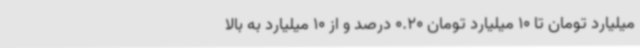
میلیارد تومان تا 10 میلیارد تومان 0.20 درصد و از 10 میلیارد به بالا